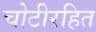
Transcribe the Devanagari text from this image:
चोटीरहित